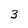
Character: 3